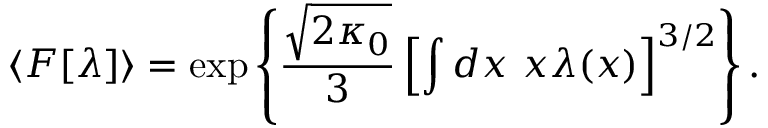
\langle F [ \lambda ] \rangle = \exp \left\{ \frac { \sqrt { 2 \kappa _ { 0 } } } { 3 } \left[ \int d x ~ x \lambda ( x ) \right] ^ { 3 / 2 } \right\} .